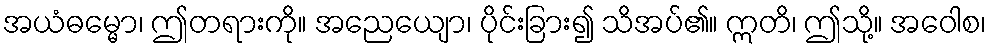
အယံဓမ္မော၊ ဤတရားကို။ အညေယျော၊ ပိုင်းခြား၍ သိအပ်၏။ ဣတိ၊ ဤသို့။ အဝေါစ၊